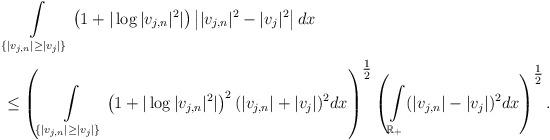
LaTeX: \begin{align*}&\int\limits_{\{|v_{j,n}|\geq |v_{j}|\}}\left(1+|\log|v_{j,n}|^2|\right)\left||v_{j,n}|^2-|v_{j}|^2\right|dx\\&\leq\left(\int\limits_{\{|v_{j,n}|\geq |v_{j}|\}}\left(1+|\log|v_{j,n}|^2|\right)^2(|v_{j,n}|+|v_{j}|)^2dx \right)^{\tfrac1{2}} \left(\int\limits_{\mathbb{R}_+}(|v_{j,n}|-|v_{j}|)^2dx\right)^{\tfrac1{2}}.\end{align*}